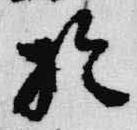
於